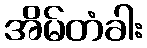
အိမ်တံခါး